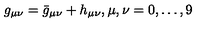
g _ { \mu \nu } = { \bar { g } } _ { \mu \nu } + h _ { \mu \nu } , \mu , \nu = 0 , \dots , 9